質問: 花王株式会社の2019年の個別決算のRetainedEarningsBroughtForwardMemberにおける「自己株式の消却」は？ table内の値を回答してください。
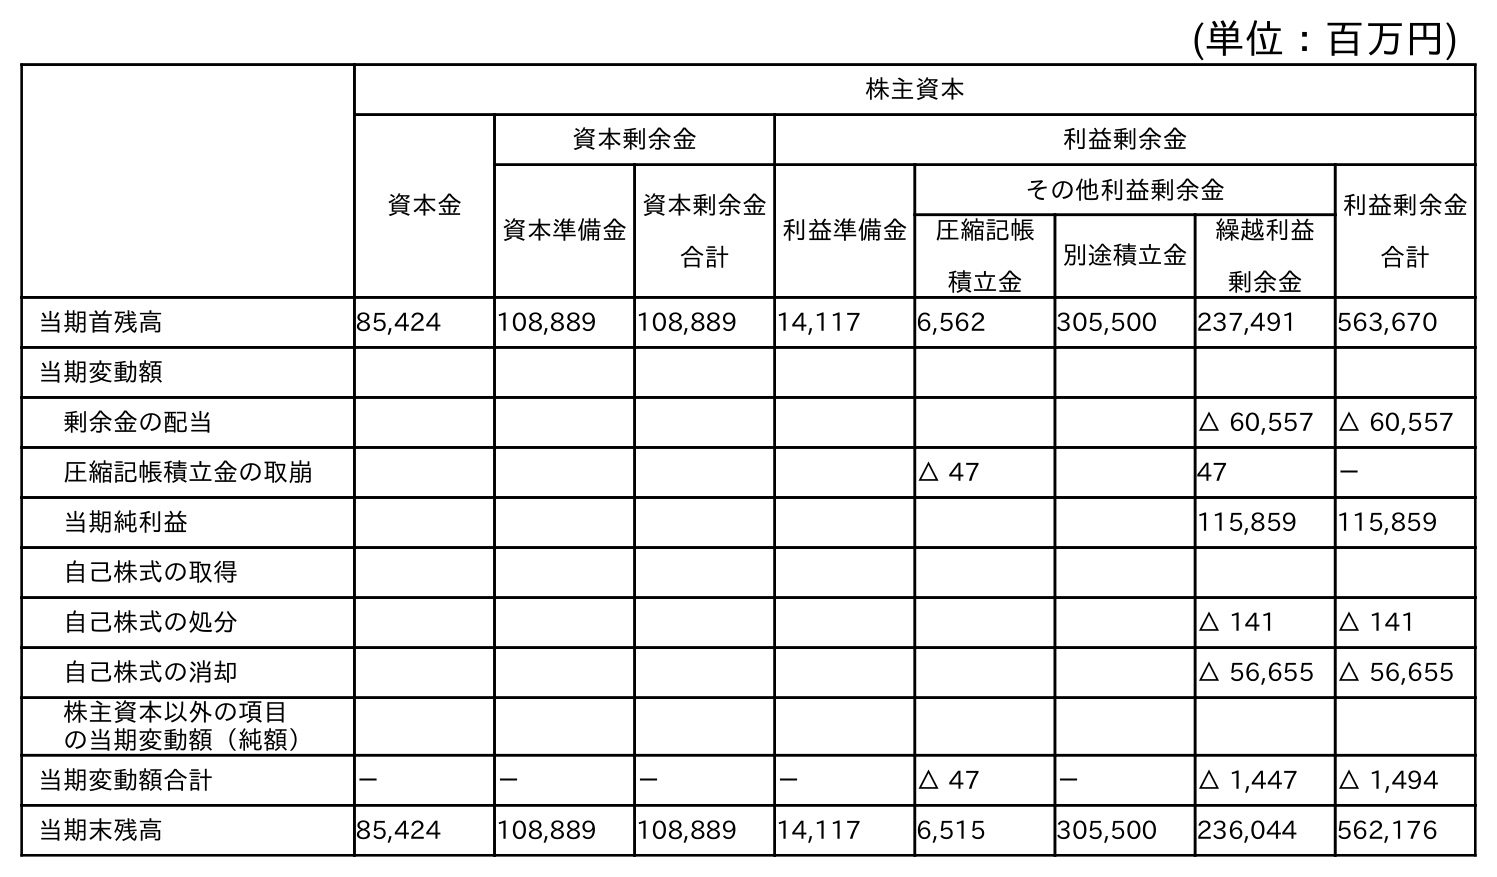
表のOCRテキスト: (単位：百万円) 株主資本 資本金 資本剰余金 利益剰余金 資本準備金 資本剰余金 合計 利益準備金 その他利益剰余金 利益剰余金 合計 圧縮記帳 積立金 別途積立金 繰越利益 剰余金 当期首残高 85,424 108,889 108,889 14,117 6,562 305,500 237,491 563,670 当期変動額 剰余金の配当 △ 60,557 △ 60,557 圧縮記帳積立金の取崩 △ 47 47 － 当期純利益 115,859 115,859 自己株式の取得 自己株式の処分 △ 141 △ 141 自己株式の消却 △ 56,655 △ 56,655 株主資本以外の項目 の当期変動額（純額） 当期変動額合計 － － － － △ 47 － △ 1,447 △ 1,494 当期末残高 85,424 108,889 108,889 14,117 6,515 305,500 236,044 562,176
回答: △56,655